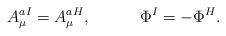
LaTeX: \begin{align*}A_{\mu}^{aI} = A_{\mu}^{aH}, \ \ \ \ \ \ \ \ \ \Phi^I = - \Phi^H.\end{align*}